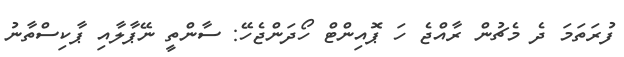
ފުރަތަމަ ދެ މެޗުން ރާއްޖެ ހަ ޕޮއިންޓް ހޯދަންޖެހޭ: ސާންތީ ނޭޕާލާއި ޕާކިސްތާނު